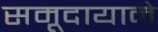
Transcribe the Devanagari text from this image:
समूदायाने